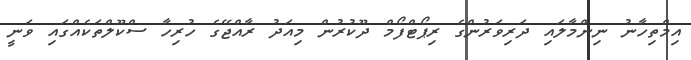
އިމްތިހާނު ނިންމާލައި ދަރިވަރުންގެ ރިޕޯޓްފޯމް ދޫކުރުން މިއަދު ރާއްޖޭގެ ހުރިހާ ސްކޫލްތަކެއްގައި ވަނީ